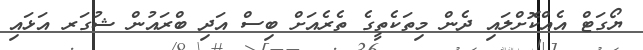
ޔޯގަޓް އެއްކޮށްލައި ދެން މިތަކެތީގެ ތެރެއަށް ބިސް އަދި ބްރައުން ޝުގަރ އަޅައި